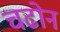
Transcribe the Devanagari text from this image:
चढोन